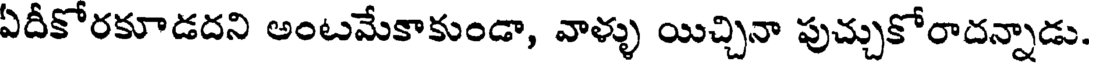
ఏదీకోరకూడదని అంటమేకాకుండా, వాళ్ళు యిచ్చినా పుచ్చుకోరాదన్నాడు.